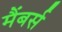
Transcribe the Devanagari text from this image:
मैंबर्स